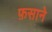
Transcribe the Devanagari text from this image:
फ़साने